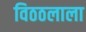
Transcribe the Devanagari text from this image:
विठठलाला